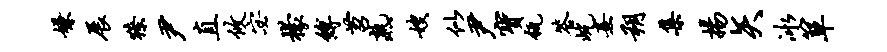
嫌展獠尹直攸宓檬缚苕熟嫂似尹宝瓴答屹熹朔集扬矢冰箪